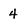
Character: 4